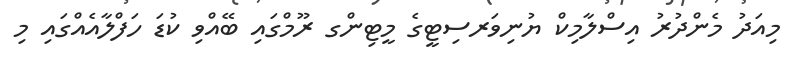
މިއަދު މެންދުރު އިސްލާމިކް ޔުނިވަރސިޓީގެ މީޓިންގ ރޫމްގައި ބޭއްވި ކުޑަ ހަފްލާއެއްގައި މި